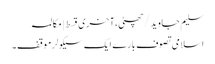
سلیم جاوید/چھٹی،آخری قسط | مکالمہ
اسلامی تصوف بارے ایک سیکولرموقف۔